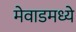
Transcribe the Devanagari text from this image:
मेवाडमध्ये